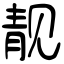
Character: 靓